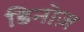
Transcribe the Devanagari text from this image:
डिनोज़